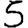
Digit: 5